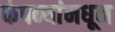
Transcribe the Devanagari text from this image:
कंपन्यांमधून